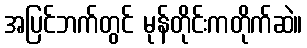
အပြင်ဘက်တွင် မုန်တိုင်းကတိုက်ဆဲ။